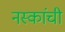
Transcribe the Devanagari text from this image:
नस्कांची